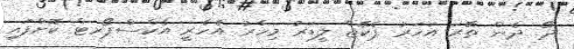
ދޯ. ދެން ތޭރަ އަހަރު ޕެކޭޖް ލީޑަރު މިހާރު އެހެރީ އެކްސްޕޯރޓް ކޮށްފައި